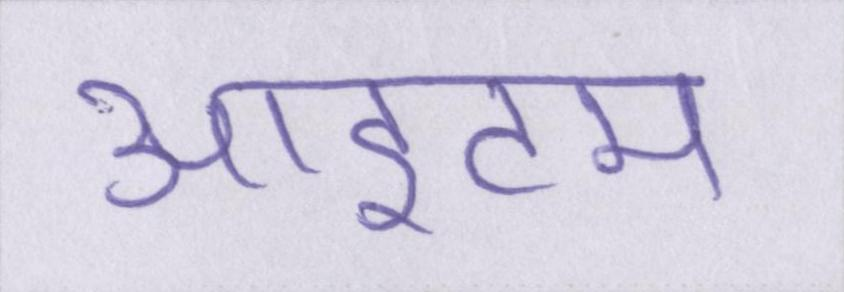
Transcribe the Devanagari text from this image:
आइटम